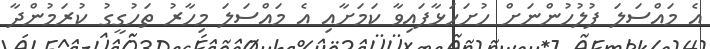
އެ މައްސަލަ ފުލުހުންނަށް ހުށަހަޅާފައިވާ ކަމަށާއި އެ މައްސަލަ މިހާރު ތަހުގީގު ކުރަމުންދާ